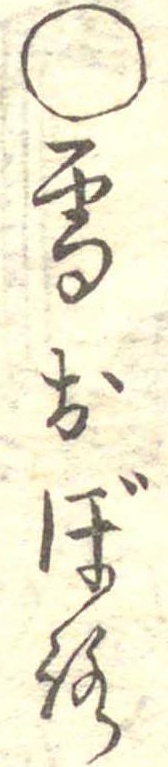
○雪おぼろ